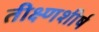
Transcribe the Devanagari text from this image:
तीक्ष्णशीर्ष